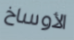
الأوساخ